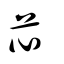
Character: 芯